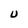
Character: U